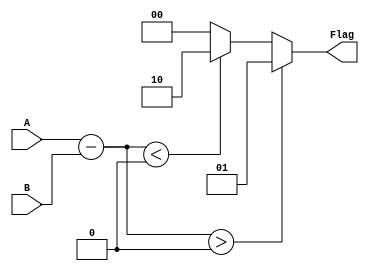
module unsigned_comparator(
    input wire [7:0] A,
    input wire [7:0] B,
    output reg [1:0] Flag
);

reg [7:0] diff;

always @(*)
begin
    diff = A - B;
    
    if(diff > 0)
        Flag = 2'b01; // A is greater than B
    else if(diff < 0)
        Flag = 2'b10; // A is less than B
    else
        Flag = 2'b00; // A is equal to B
end

endmodule